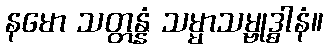
နမော သတ္တန္နံ သမ္မာသမ္ဗုဒ္ဓါနံ။